Lunatic asylums Punjab 1868-1880 - 1868-1880
Year: 1868
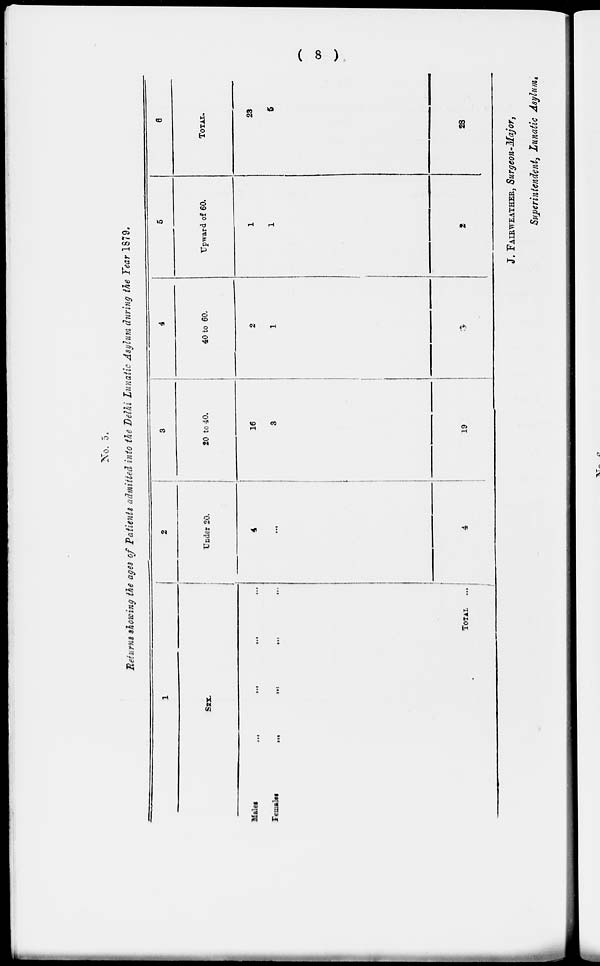
( 8 )
No. 5.
Returns showing the ages of Patients admitted into the Delhi Lunatic Asylum during the Tear 1879.
1
SEX.
Male.
Females
...
...
...
...
...
...
TOTAL.
...
...
...
2
Under 20.
4
...
4
3
20 to 40.
16
3
19
4
40 to 60.
2
1
3
5
Upward of 60.
1
1
2
6
TOTAL.
23
5
28
J. FAIRWEATHER, Surgeon-Major,
Superintendent, Lunatic Asylum.